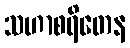
သဟာစရိတေန